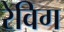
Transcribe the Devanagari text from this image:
रेविग